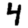
Digit: 4